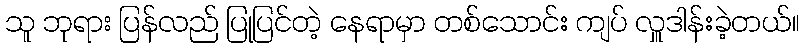
သူ ဘုရား ပြန်လည် ပြုပြင်တဲ့ နေရာမှာ တစ်သောင်း ကျပ် လှူဒါန်းခဲ့တယ်။